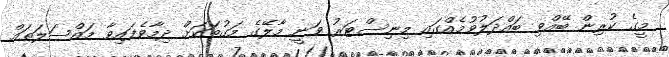
މީގެ ކުރިން ބޭއްވި ބައްދަލުވުމެއްގައި މިނިސްޓަރު ވަނީ މާލޭގެ މަގުތަކަށް ދިމާވެފައިވާ މައްސަލަތައް